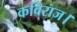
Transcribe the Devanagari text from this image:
कविराज।